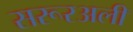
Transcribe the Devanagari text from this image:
सरूरअली